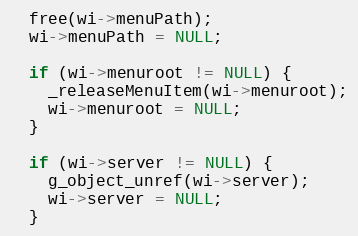
Language: C
  free(wi->menuPath);
  wi->menuPath = NULL;

  if (wi->menuroot != NULL) {
    _releaseMenuItem(wi->menuroot);
    wi->menuroot = NULL;
  }

  if (wi->server != NULL) {
    g_object_unref(wi->server);
    wi->server = NULL;
  }